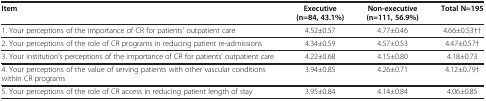
<table><thead><tr><td><b>Item</b></td><td><b>Executive (n=84, 43.1%)</b></td><td><b>Non-executive (n=111, 56.9%)</b></td><td><b>Total N=195</b></td></tr></thead><tbody><tr><td>1. Your perceptions of the importance of CR for patients’ outpatient care</td><td>4.52±0.57</td><td>4.77±0.46</td><td>4.66±0.53††</td></tr><tr><td>2. Your perceptions of the role of CR programs in reducing patient re-admissions</td><td>4.34±0.59</td><td>4.57±0.53</td><td>4.47±0.57†</td></tr><tr><td>3. Your institution’s perceptions of the importance of CR for patients’ outpatient care</td><td>4.22±0.68</td><td>4.15±0.80</td><td>4.18±0.73</td></tr><tr><td>4. Your perceptions of the value of serving patients with other vascular conditions within CR programs</td><td>3.94±0.85</td><td>4.26±0.71</td><td>4.12±0.79†</td></tr><tr><td>5. Your perceptions of the role of CR access in reducing patient length of stay</td><td>3.95±0.84</td><td>4.14±0.84</td><td>4.06±0.85</td></tr></tbody></table>